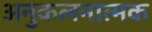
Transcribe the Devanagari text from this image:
अनुकलनात्मक